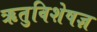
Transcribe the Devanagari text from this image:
ऋतुविशेषज्ञ